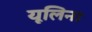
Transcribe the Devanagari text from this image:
यूलिना